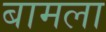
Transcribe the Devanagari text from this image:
बामला